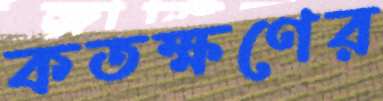
কতক্ষণের